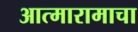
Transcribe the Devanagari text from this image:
आत्मारामाचा